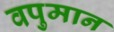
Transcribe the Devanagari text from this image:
वपुमान